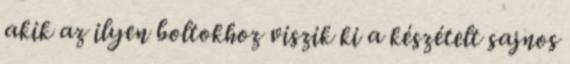
akik az ilyen boltokhoz viszik ki a készételt sajnos